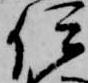
伊